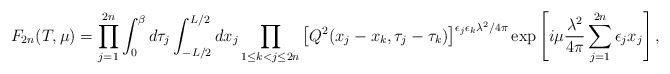
\begin{align*}F_{2n} (T,\mu)=\prod_{j=1}^{2n}\int_0^\beta d\tau_j \int_{-L/2}^{L/2}dx_j \prod_{1 \leq k < j \leq 2n}\left[ Q^2(x_j-x_k,\tau_j-\tau_k) \right]^{\epsilon_j\epsilon_k\lambda^2/4\pi}\exp\left[i\mu\frac{\lambda^2}{4\pi}\sum_{j=1}^{2n}\epsilon_jx_j\right], \end{align*}